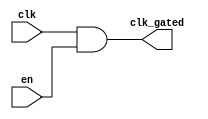
module static_clock_gating (
    input wire clk,        // Primary clock signal
    input wire en,         // Enable signal
    output wire clk_gated  // Gated clock signal
);

// Gating logic: AND gate to generate the gated clock signal
assign clk_gated = clk & en;

endmodule